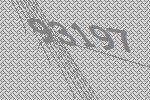
93197